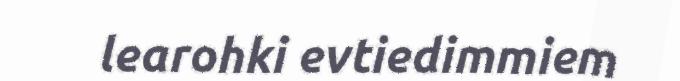
learohki evtiedimmiem